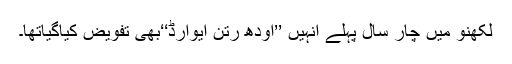
لکھنؤ میں چار سال پہلے انہیں ’’اودھ رتن ایوارڈ‘‘بھی تفویض کیاگیاتھا۔